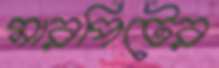
মারপিটের